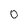
Character: 0